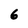
Character: 6